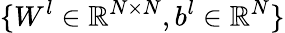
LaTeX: \{ W^{l}\in\mathbb{R}^{N\times N},b^{l}\in\mathbb{R}^{N}\}